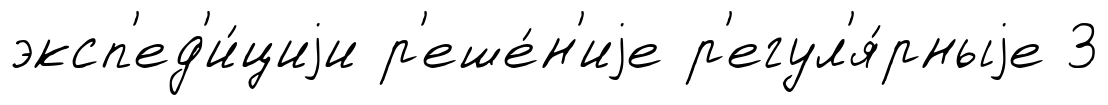
эксп'ед'и́циjи р'еше́н'иjе р'егул'я́рныjе 3